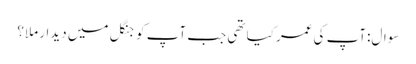
سوال:آپ کی عمر کیا تھی جب آپ کو جنگل میں دیدار ملا؟